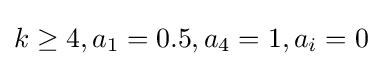
k\geq 4,a_{1}=0.5,a_{4}=1,a_{i}=0